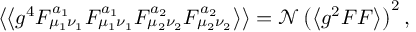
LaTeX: \left\langle \left\langle g ^ { 4 } F _ { \mu _ { 1 } \nu _ { 1 } } ^ { a _ { 1 } } F _ { \mu _ { 1 } \nu _ { 1 } } ^ { a _ { 1 } } F _ { \mu _ { 2 } \nu _ { 2 } } ^ { a _ { 2 } } F _ { \mu _ { 2 } \nu _ { 2 } } ^ { a _ { 2 } } \right\rangle \right\rangle = \mathcal { N } \left( \left\langle g ^ { 2 } F F \right\rangle \right) ^ { 2 } ,